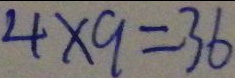
4 \times 9 = 3 6